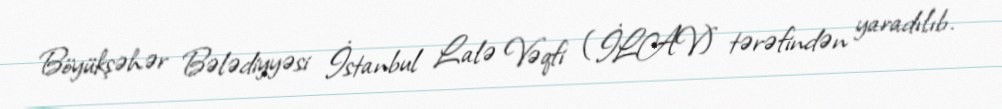
Böyükşəhər Bələdiyyəsi İstanbul Lalə Vəqfi (İLAV) tərəfindən yaradılıb.